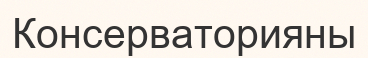
Консерваторияны